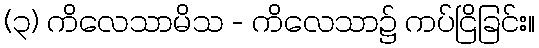
(၃) ကိလေသာမိသ - ကိလေသာ၌ ကပ်ငြိခြင်း။